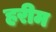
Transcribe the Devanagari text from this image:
हरीम